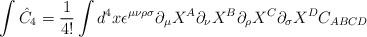
LaTeX: \begin{align*}\int \hat{C}_4 = \frac{1}{4!} \int d^4 x \epsilon^{\mu \nu \rho\sigma}\partial_{\mu}X^{A} \partial_{\nu}X^{B} \partial_{\rho}X^{C}\partial_{\sigma}X^{D} C_{ABCD}\end{align*}